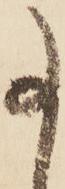
事